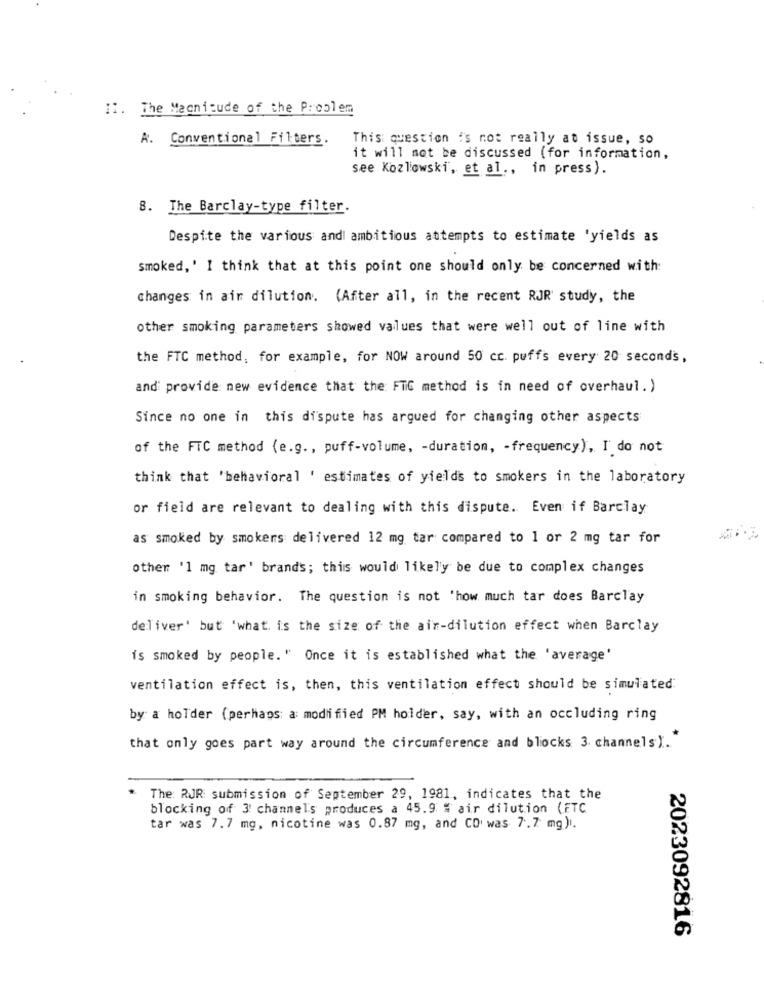
11. The Magnitude of the Problem
A. Conventional Filters.
This question is not really at issue, so
it will not be discussed (for information,
see Kozlowski, et al ., in press).
8. The Barclay-type filter.
Despite the various andi ambitious attempts to estimate 'yields as
smoked, ' I think that at this point one should only be concerned with:
changes in air dilution. (After all, in the recent RJR' study, the
other smoking parameters showed values that were well out of line with
the FTC method, for example, for NOW around 50 cc. puffs every 20 seconds,
and provide new evidence that the FTC method is in need of overhaul. )
Since no one in this dispute has argued for changing other aspects
of the FTC method (e.g ., puff-volume, - duration, - frequency), I do not
think that 'behavioral ' estimates of yields to smokers in the laboratory
or field are relevant to dealing with this dispute. Even if Barclay
as smoked by smokers delivered 12 mg tar compared to 1 or 2 mg tar for
other '1 mg tar' brands; this would likely be due to complex changes
in smoking behavior. The question is not 'how much tar does Barclay
deliver' but 'what is the size of the air-dilution effect when Barclay
is smoked by people. " Once it is established what the 'average'
ventilation effect is, then, this ventilation effect should be simulated
by a holder (perhaps a modified PM holder, say, with an occluding ring
that only goes part way around the circumference and blocks 3 channels).
The: RJR: submission of September 29, 1981, indicates that the
blocking of 3' channels produces a 45.9 % air dilution (FTC
tar was 7.7 mg, nicotine was 0.87 mg, and CO was 7.7 mg).
2023092816